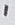
Text: 1